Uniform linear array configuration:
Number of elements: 12
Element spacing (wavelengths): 0.5
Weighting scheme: hamming
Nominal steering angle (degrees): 15
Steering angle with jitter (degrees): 15.932
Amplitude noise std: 0.05
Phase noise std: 0.05

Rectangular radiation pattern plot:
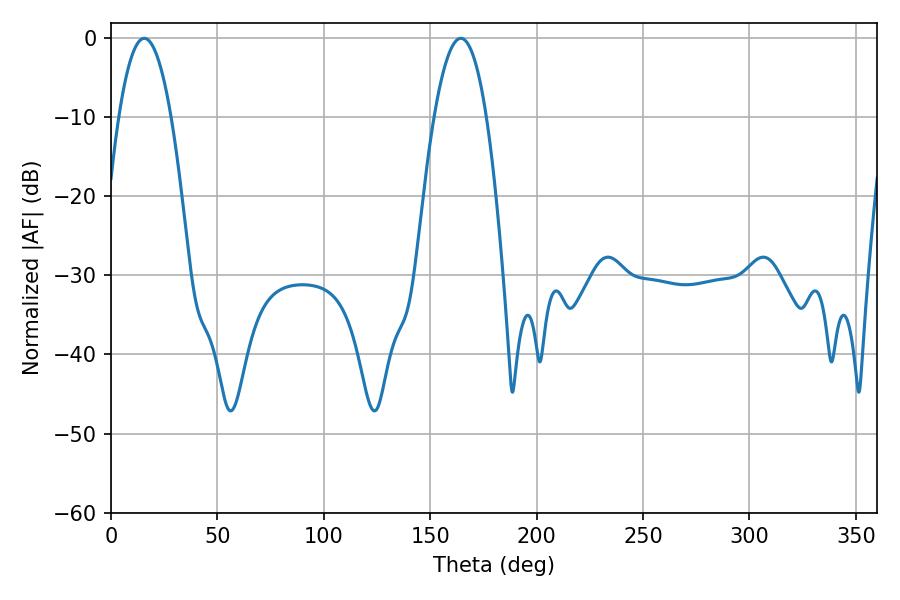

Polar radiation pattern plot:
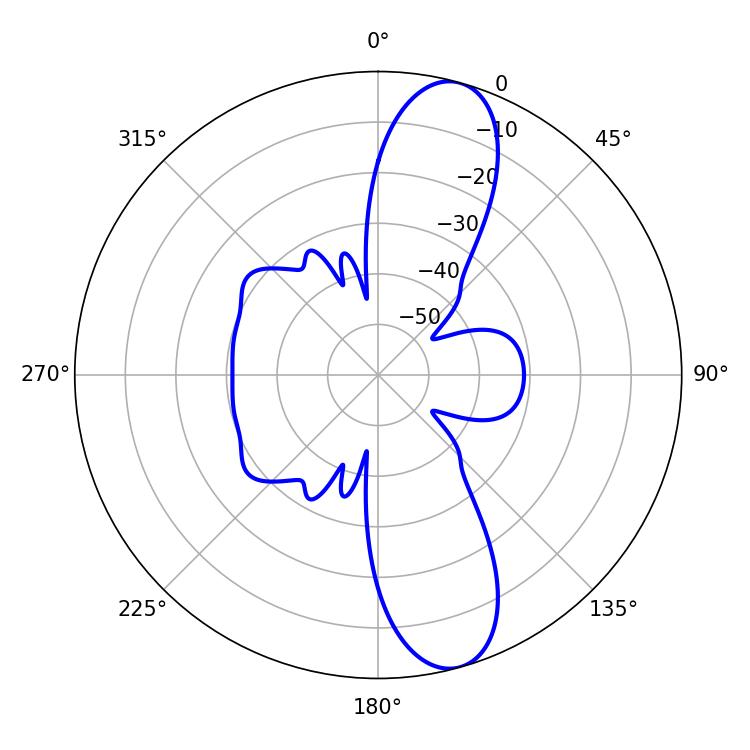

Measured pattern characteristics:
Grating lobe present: FALSE
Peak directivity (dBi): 11.673
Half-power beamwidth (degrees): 13.5
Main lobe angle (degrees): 15.66